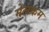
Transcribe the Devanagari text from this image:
मेलकम